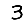
Digit: 3